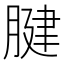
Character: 腱